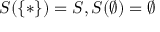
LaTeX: S ( \{ * \} ) = S , S ( \emptyset ) = \emptyset